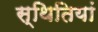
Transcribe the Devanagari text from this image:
स्‍थितियां